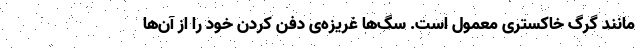
مانند گرگ خاکستری معمول است. سگ‌ها غریزه‌ی دفن کردن خود را از آن‌ها